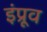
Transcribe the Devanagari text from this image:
इंप्रूव